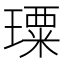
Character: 𤩗